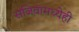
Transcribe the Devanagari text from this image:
सजिवांमध्येही